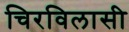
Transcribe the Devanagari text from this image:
चिरविलासी